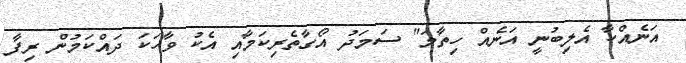
އަނެއްކާ އެލިބުނީ އަނެއް ހިތާމަ" ސަމަދު އޯގާތެރިކަމާއި އެކު ވާހަކަ ދައްކަމުން ރިފާ